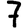
Digit: 7